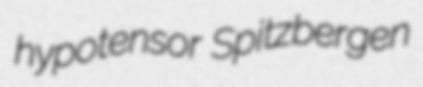
hypotensor Spitzbergen